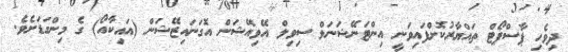
ދިވެހި ޕާސްޕޯޓް ތައްޔާރުކޮށްފައިވަނީ އިންޓަނޭޝަނަލް ސިވިލް އޭވިއޭޝަން އޮގަނައިޒޭޝަން (އައިކާއޯ) ގެ މިންގަޑަށެވެ.